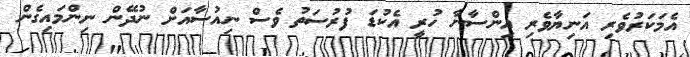
އެމަކަރުވެރި އަނިޔާވެރި އިންސާނާ ހުރީ އެކުޑަ ފުރުސަތު ވެސް ނިއުސާއަށް ނުދޭން ނިންމައިގެން